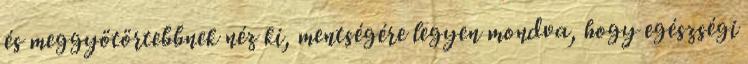
és meggyötörtebbnek néz ki, mentségére legyen mondva, hogy egészségi